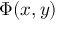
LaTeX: \Phi ( x , y )